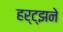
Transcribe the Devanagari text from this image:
हर्ट्झने